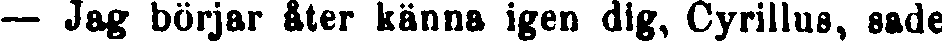
— Jag börjar åter känna igen dig, Cyrillus, sade